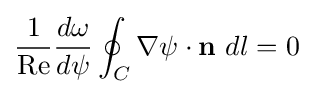
{\frac {1}{\mathrm {Re} }}{\frac {d\omega }{d\psi }}\oint _{C}\nabla \psi \cdot \mathbf {n} \ dl=0